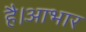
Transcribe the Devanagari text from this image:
है।आभार